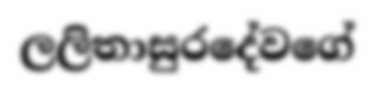
ලලිතාසුරදේවගේ